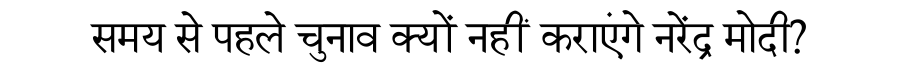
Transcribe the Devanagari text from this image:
समय से पहले चुनाव क्यों नहीं कराएंगे नरेंद्र मोदी?